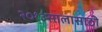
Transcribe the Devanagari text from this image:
२०१३सालासाठी